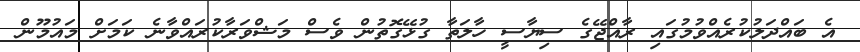
އެ ބައްދަލުކުރެއްވުމުގައި ރާއްޖޭގެ ސިޔާސީ ހާލަތާ ގުޅޭގޮތުން ވެސް މަޝްވަރާކުރައްވާނެ ކަމަށް މައުމޫން